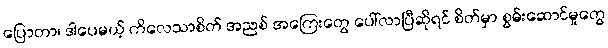
ပြောတာ၊ ဒါပေမယ့် ကိလေသာစိတ် အညစ် အကြေးတွေ ပေါ်လာပြီဆိုရင် စိတ်မှာ စွမ်းဆောင်မှုတွေ